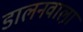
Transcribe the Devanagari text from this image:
डालनवाला़